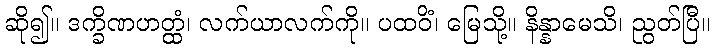
ဆို၍။ ဒက္ခိဏဟတ္ထံ၊ လက်ယာလက်ကို။ ပထဝိံ၊ မြေသို့။ နိန္နာမေသိ၊ ညွတ်ပြီ။